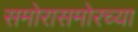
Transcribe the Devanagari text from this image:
समोरासमोरच्या